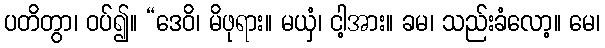
ပတိတွာ၊ ဝပ်၍။ “ဒေဝိ၊ မိဖုရား။ မယှံ၊ ငါ့အား။ ခမ၊ သည်းခံလော့။ မေ၊